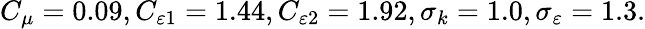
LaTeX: C_{\mu}=0.09,C_{\varepsilon 1}=1.44,C_{\varepsilon 2}=1.92,\sigma_{k}=1.0,\sigma_{\varepsilon}=1.3.